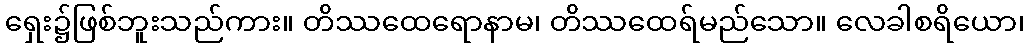
ရှေး၌ဖြစ်ဘူးသည်ကား။ တိဿထေရောနာမ၊ တိဿထေရ်မည်သော။ လေခါစရိယော၊